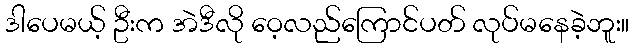
ဒါပေမယ့် ဦးက အဲဒီလို ဝေ့လည်ကြောင်ပတ် လုပ်မနေခဲ့ဘူး။